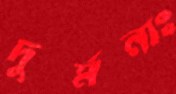
দুর্মনাঃ